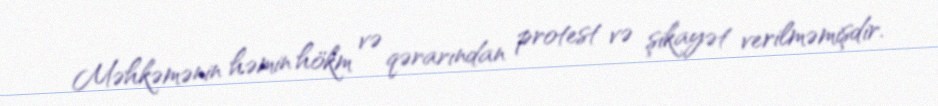
Məhkəmənin həmin hökm və qərarından protest və şikayət verilməmişdir.